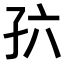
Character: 𪦸